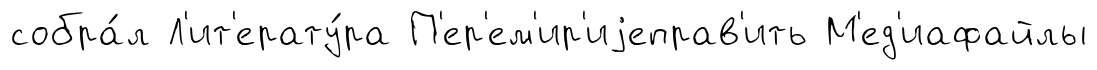
собра́л Л'ит'ерату́ра П'ер'ем'ир'иjеправ'ить М'ед'иафайлы